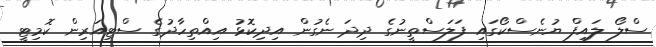
ސްލޯ ލައިފް ޔުނެސްކޯގައި ފަލަސްތީނުގެ ދިދަ ނެގުން އިދިކޮޅު އިއްތިހާދުގެ ސްޓިއަރިން ކޮމިޓީ